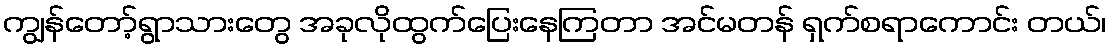
ကျွန်တော့်ရွာသားတွေ အခုလိုထွက်ပြေးနေကြတာ အင်မတန် ရှက်စရာကောင်း တယ်၊